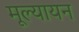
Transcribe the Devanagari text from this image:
मूल्यायन